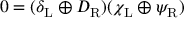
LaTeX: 0 = ( \delta _ { \mathrm { { L } } } \oplus D _ { \mathrm { { R } } } ) ( \chi _ { \mathrm { { L } } } \oplus \psi _ { \mathrm { { R } } } )